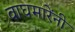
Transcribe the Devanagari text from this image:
वाघमारेंनी